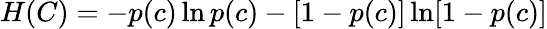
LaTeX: H(C)=-p(c)\ln p(c)-[1-p(c)]\ln[1-p(c)]